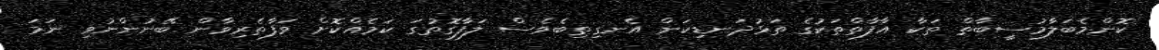
ކޮންމެބަލާމުސީބާތް ތަކާ އާފާތްތަކުގެ ތަޅުދަނޑިކަން އެނގިތިބެވެސް ލަފާގޮތުގަ ކަމެއްކޮށް ވަފާތެރިވާން ބޭނުންނުވި ނަމަ